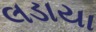
લડાયા